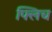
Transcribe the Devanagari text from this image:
फ्लिच